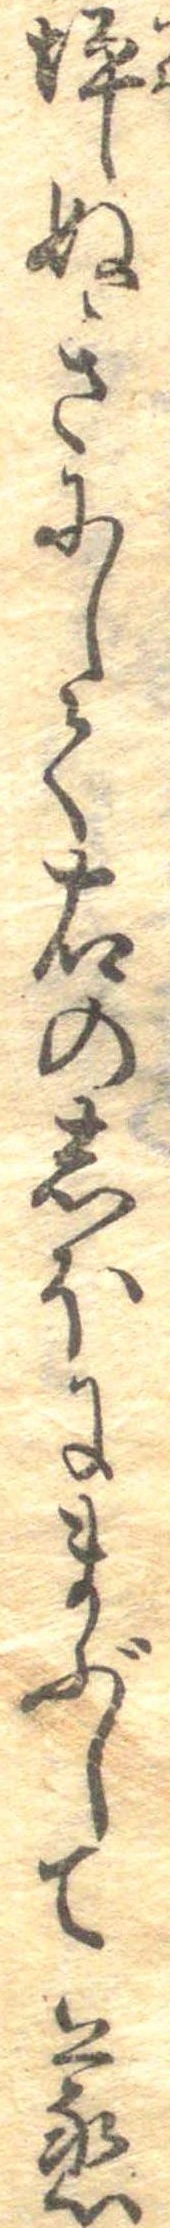
坪ぬきにして右のしほにまぶして蒸